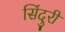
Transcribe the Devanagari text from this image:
सिंदुरी